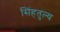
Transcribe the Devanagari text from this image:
सिंहतुल्य